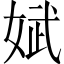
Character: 娬